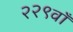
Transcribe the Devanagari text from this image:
२२९वाँ